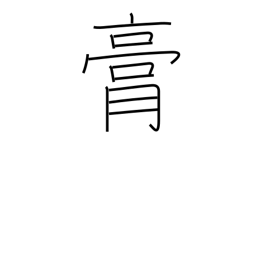
Meaning: fat